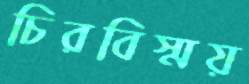
চিরবিস্ময়